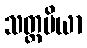
သတ္တမိယာ